Annual report of the Imperial Bacteriologist
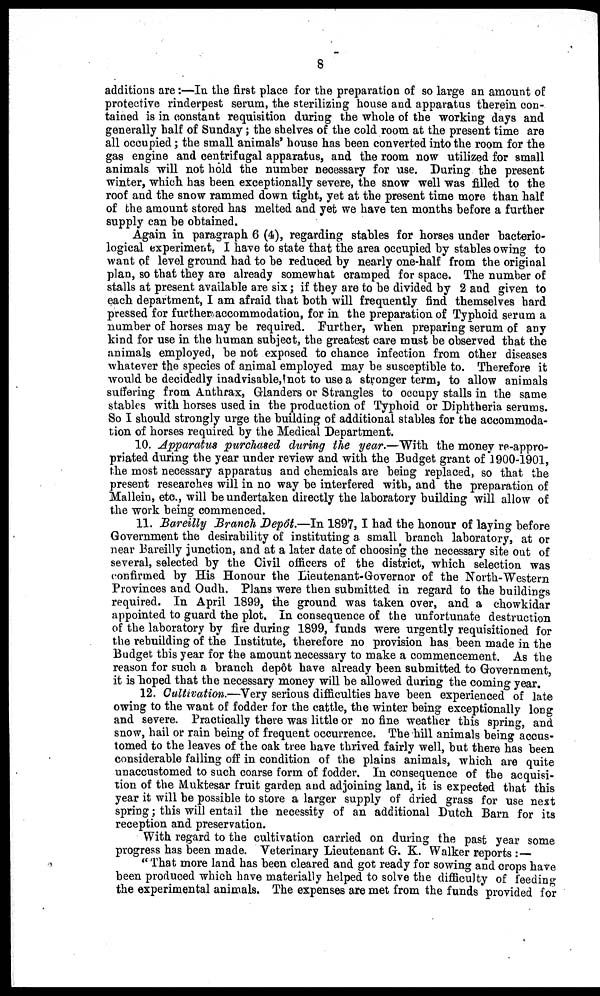
8
additions are :—In the first place for the preparation of so large an amount of
protective rinderpest serum, the sterilizing house and apparatus therein con-
tained is in constant requisition during the whole of the working days and
generally half of Sunday ; the shelves of the cold room at the present time are
all occupied ; the small animals' house has been converted into the room for the
gas engine and centrifugal apparatus, and the room now utilized for small
animals will not hold the number necessary for use. During the present
winter, which has been exceptionally severe, the snow well was filled to the
roof and the snow rammed down tight, yet at the present time more than half
of the amount stored has melted and yet we have ten months before a further
supply can be obtained.
Again in paragraph 6 (4), regarding stables for horses under bacterio-
logical experiment, I have to state that the area occupied by stables owing to
want of level ground had to be reduced by nearly one-half from the original
plan, so that they are already somewhat cramped for space. The number of
stalls at present available are six; if they are to be divided by 2 and given to
each department, I am afraid that both will frequently find themselves hard
pressed for further accommodation, for in the preparation of Typhoid serum a
number of horses may be required. Further, when preparing serum of any
kind for use in the human subject, the greatest care must be observed that the
animals employed, be not exposed to chance infection from other diseases
whatever the species of animal employed may be susceptible to. Therefore it
would be decidedly inadvisable,not to use a stronger term, to allow animals
suffering from Anthrax, Glanders or Strangles to occupy stalls in the same
stables with horses used in the production of Typhoid or Diphtheria serums.
So I should strongly urge the building of additional stables for the accommoda-
tion of horses required by the Medical Department.
10. Apparatus purchased during the year.—With the money re-appro-
priated during the year under review and with the Budget grant of 1900-1901,
the most necessary apparatus and chemicals are being replaced, so that the
present researches will in no way be interfered with, and the preparation of
Mallein, etc., will be undertaken directly the laboratory building will allow of
the work being commenced.
11. Bareilly Branch Depôt.—In 1897, I had the honour of laying before
Government the desirability of instituting a small branch laboratory, at or
near Bareilly junction, and at a later date of choosing the necessary site out of
several, selected by the Civil officers of the district, which selection was
confirmed by His Honour the Lieutenant-Governor of the North-Western
Provinces and Oudh. Plans were then submitted in regard to the buildings
required. In April 1899, the ground was taken over, and a chowkidar
appointed to guard the plot. In consequence of the unfortunate destruction
of the laboratory by fire during 1899, funds were urgently requisitioned for
the rebuilding of the Institute, therefore no provision has been made in the
Budget this year for the amount necessary to make a commencement. As the
reason for such a branch depôt have already been submitted to Government,
it is hoped that the necessary money will be allowed during the coming year.
12. Cultivation.—Very serious difficulties have been experienced of late
owing to the want of fodder for the cattle, the winter being exceptionally long
and severe. Practically there was little or no fine weather this spring, and
snow, hail or rain being of frequent occurrence. The hill animals being accus-
tomed to the leaves of the oak tree have thrived fairly well, but there has been
considerable falling off in condition of the plains animals, which are quite
unaccustomed to such coarse form of fodder. In consequence of the acquisi-
tion of the Muktesar fruit garden and adjoining land, it is expected that this
year it will be possible to store a larger supply of dried grass for use next
spring; this will entail the necessity of an additional Dutch Barn for its
reception and preservation.
With regard to the cultivation carried on during the past year some
progress has been made. Veterinary Lieutenant G. K. Walker reports :—
" That more land has been cleared and got ready for sowing and crops have
been produced which have materially helped to solve the difficulty of feeding
the experimental animals. The expenses are met from the funds provided for